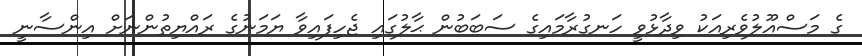
ގެ މަސްއޫލުވެރިއަކު ވިދާޅުވީ ހަނގުރާމައިގެ ސަބަބުން ޙާލުގައި ޖެހިފައިވާ ޔަމަނުގެ ރައްޔިތުންނަށް އިންސާނީ